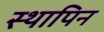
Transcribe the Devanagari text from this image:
स्थापिन